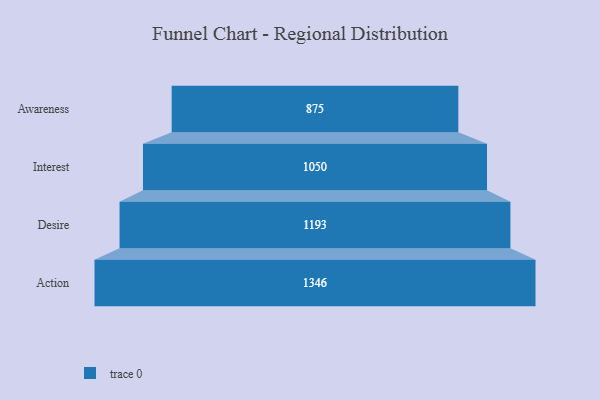
{"axis": {"x": "Stage", "y": "Value"}, "legend": [""], "data": [{"x": "Awareness", "y": 875.0, "type": ""}, {"x": "Interest", "y": 1050.0, "type": ""}, {"x": "Desire", "y": 1193.0, "type": ""}, {"x": "Action", "y": 1346.0, "type": ""}]}